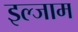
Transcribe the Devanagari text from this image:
इल्‍जाम